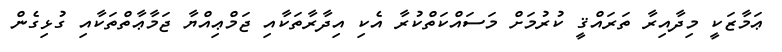
ޢަމާޒަކީ މިދާއިރާ ތަރައްޤީ ކުރުމަށް މަސައްކަތްކުރާ އެކި އިދާރާތަކާއި ޖަމްޢިއްޔާ ޖަމާޢާތްތަކާއި ގުޅިގެން